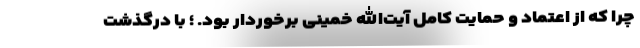
چرا که از اعتماد و حمایت کامل آیت‌الله خمینی برخوردار بود. ؛ با درگذشت